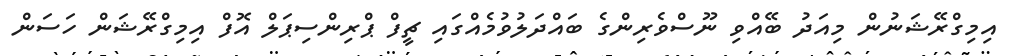
އިމިގްރޭޝަނުން މިއަދު ބޭއްވި ނޫސްވެރިންގެ ބައްދަލުވުމެއްގައި ޗީފް ޕްރިންސިޕަލް އޮފް އިމިގްރޭޝަން ހަސަން